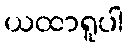
ယထာရူပါ